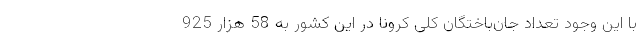
با این وجود تعداد جان‌باختگان کلی کرونا در این کشور به 58 هزار 925